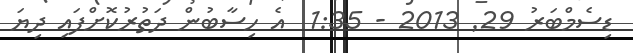
ޑިސެމްބަރު 29